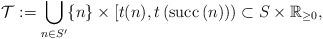
LaTeX: \begin{align*}\mathcal{T} := \bigcup_{n \in S'} \{n\}\times[t(n), t\left(\mathrm{succ}\,(n)\right)) \subset S \times \mathbb{R}_{\geq 0},\end{align*}